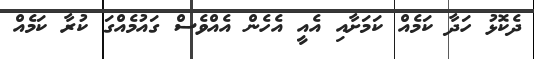
ދެކޮޅު ހަދާ ކަމެއް ކަމަށާއި އެއީ އެހެން އެއްވެސް ގައުމެއްގަ ކުރާ ކަމެއް